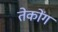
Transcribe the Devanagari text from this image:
तेकोंग